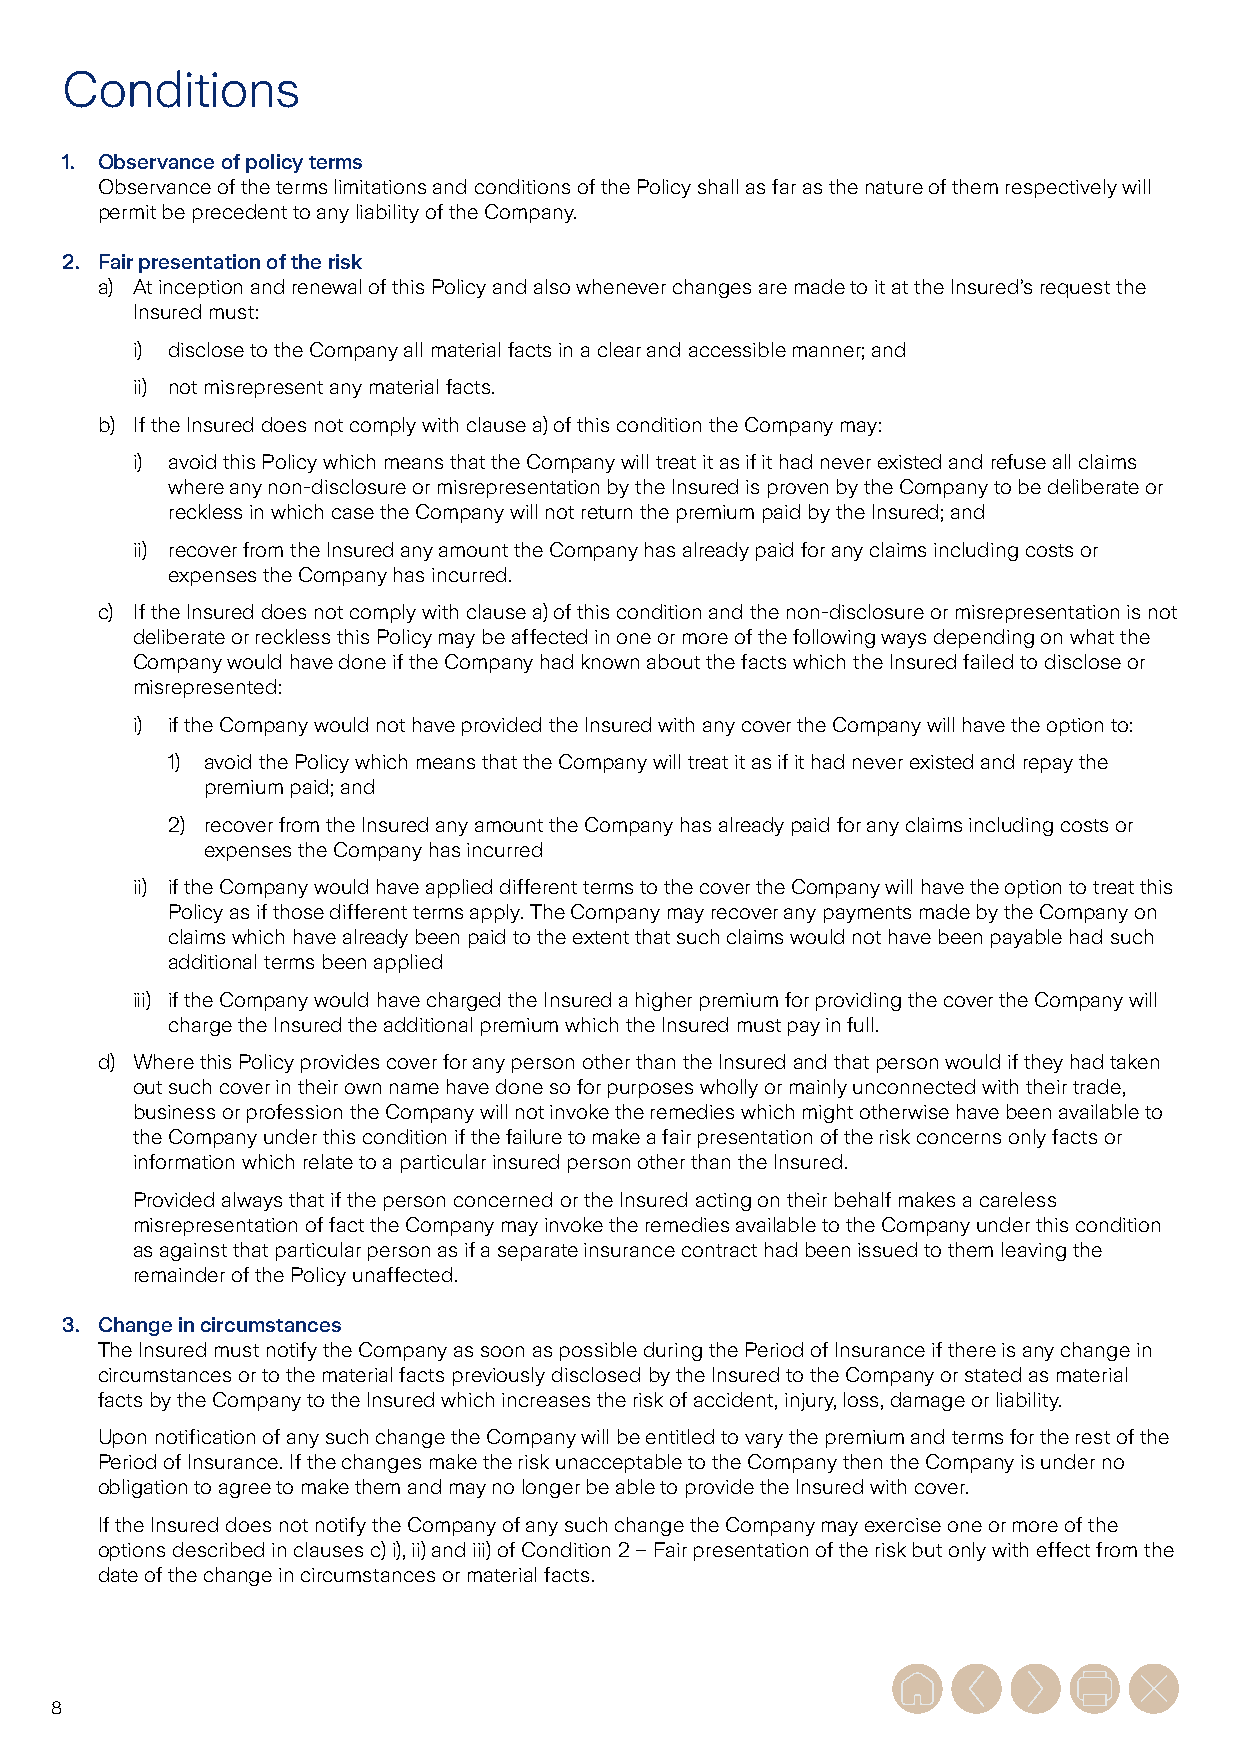
Conditions
 1. Observance of policy terms
 Observance of the terms limitations and conditions of the Policy shall as far as the nature of them respectively will
 permit be precedent to any liability of the Company.
 2. Fair presentation of the risk
 a) At inception and renewal of this Policy and also whenever changes are made to it at the Insured’s request the
 Insured must:
 i) disclose to the Company all material facts in a clear and accessible manner; and
 ii) not misrepresent any material facts.
 b) If the Insured does not comply with clause a) of this condition the Company may:
 i) avoid this Policy which means that the Company will treat it as if it had never existed and refuse all claims
 where any non-disclosure or misrepresentation by the Insured is proven by the Company to be deliberate or
 reckless in which case the Company will not return the premium paid by the Insured; and
 ii) recover from the Insured any amount the Company has already paid for any claims including costs or
 expenses the Company has incurred.
 c) If the Insured does not comply with clause a) of this condition and the non-disclosure or misrepresentation is not
 deliberate or reckless this Policy may be affected in one or more of the following ways depending on what the
 Company would have done if the Company had known about the facts which the Insured failed to disclose or
 misrepresented:
 i) if the Company would not have provided the Insured with any cover the Company will have the option to:
 1) avoid the Policy which means that the Company will treat it as if it had never existed and repay the
 premium paid; and
 2) recover from the Insured any amount the Company has already paid for any claims including costs or
 expenses the Company has incurred
 ii) if the Company would have applied different terms to the cover the Company will have the option to treat this
 Policy as if those different terms apply. The Company may recover any payments made by the Company on
 claims which have already been paid to the extent that such claims would not have been payable had such
 additional terms been applied
 iii) if the Company would have charged the Insured a higher premium for providing the cover the Company will
 charge the Insured the additional premium which the Insured must pay in full.
 d) Where this Policy provides cover for any person other than the Insured and that person would if they had taken
 out such cover in their own name have done so for purposes wholly or mainly unconnected with their trade,
 business or profession the Company will not invoke the remedies which might otherwise have been available to
 the Company under this condition if the failure to make a fair presentation of the risk concerns only facts or
 information which relate to a particular insured person other than the Insured.
 Provided always that if the person concerned or the Insured acting on their behalf makes a careless
 misrepresentation of fact the Company may invoke the remedies available to the Company under this condition
 as against that particular person as if a separate insurance contract had been issued to them leaving the
 remainder of the Policy unaffected.
 3. Change in circumstances
 The Insured must notify the Company as soon as possible during the Period of Insurance if there is any change in
 circumstances or to the material facts previously disclosed by the Insured to the Company or stated as material
 facts by the Company to the Insured which increases the risk of accident, injury, loss, damage or liability.
 Upon notification of any such change the Company will be entitled to vary the premium and terms for the rest of the
 Period of Insurance. If the changes make the risk unacceptable to the Company then the Company is under no
 obligation to agree to make them and may no longer be able to provide the Insured with cover.
 If the Insured does not notify the Company of any such change the Company may exercise one or more of the
 options described in clauses c) i), ii) and iii) of Condition 2 – Fair presentation of the risk but only with effect from the
 date of the change in circumstances or material facts.
 8